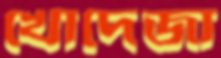
খোদেজা